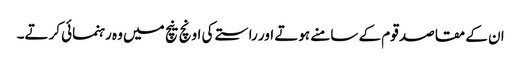
ان کے مقاصد قوم کے سامنے ہوتے اور راستے کی اونچ نیچ میں وہ رہنمائی کرتے۔